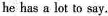
he has a lot to say。